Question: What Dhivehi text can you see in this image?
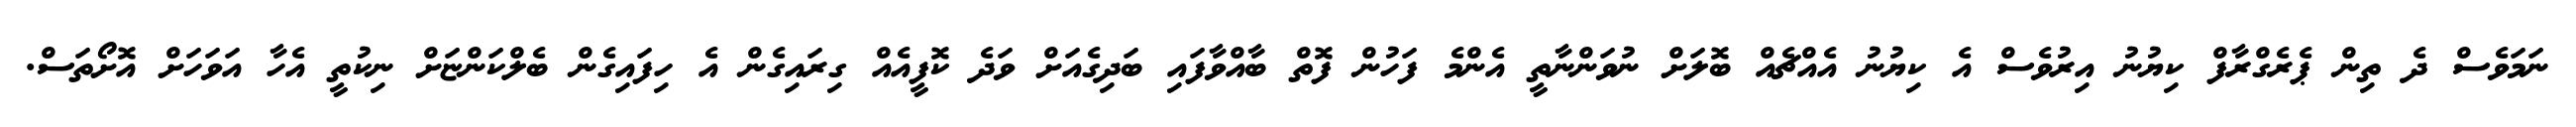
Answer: ނަމަވެސް ދެ ތިން ޕެރެގްރާފް ކިޔުނު އިރުވެސް އެ ކިޔުނު އެއްޗެއް ބޮލަށް ނުވަންނާތީ އެންމެ ފަހުން ފޮތް ބާއްވާފައި ބަދިގެއަށް ވަދެ ކޮފީއެއް ގިރައިގެން އެ ހިފައިގެން ބެލްކަންޏަށް ނިކުތީ އެހާ އަވަހަށް އޮށޯތަސް.